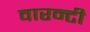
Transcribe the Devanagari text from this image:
वारन्टी